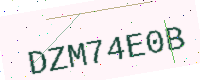
Text: DZM74E0B